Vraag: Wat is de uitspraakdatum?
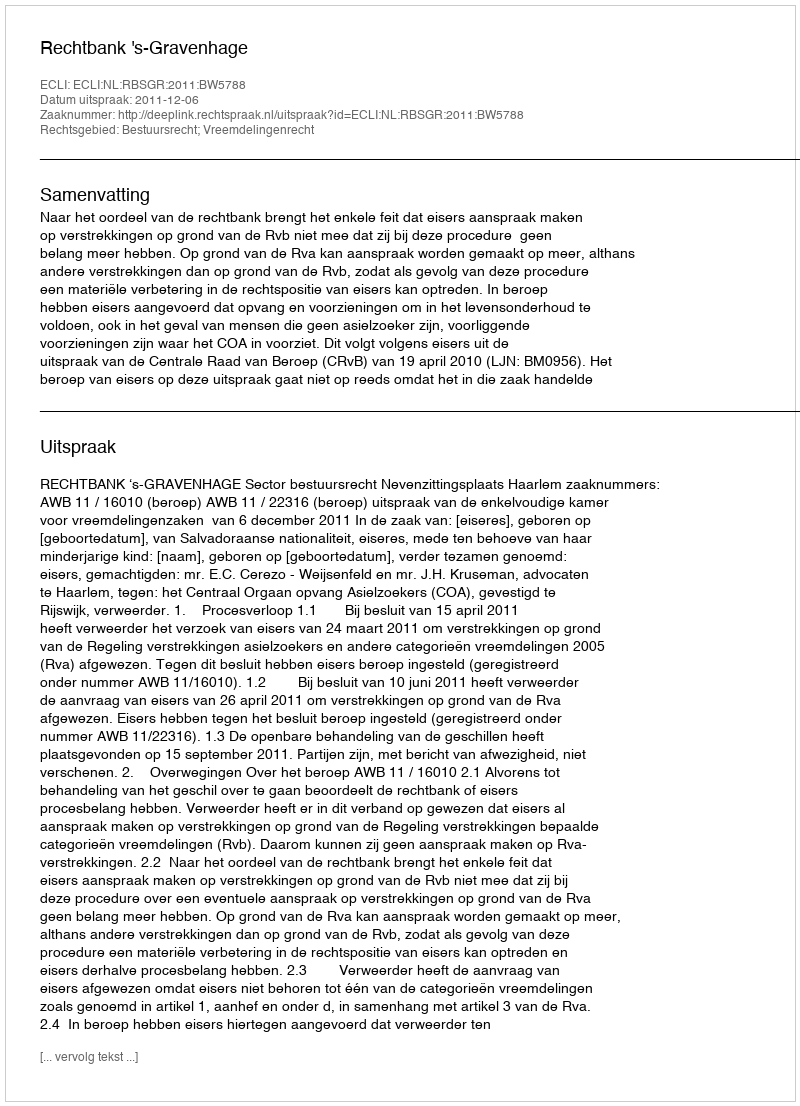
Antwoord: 2011-12-06